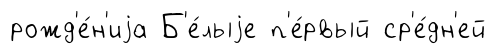
рожд'е́н'иjа Б'е́лыjе п'е́рвый ср'е́дн'ей